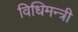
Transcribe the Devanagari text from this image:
विधिमन्त्री